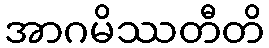
အာဂမိဿတီတိ